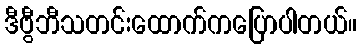
ဒီဗွီဘီသတင်းထောက်ကပြောပါတယ်။